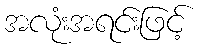
အလုံးအရင်းဖြင့်